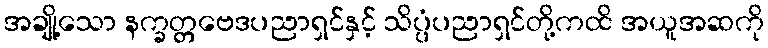
အချို့သော နက္ခတ္တဗေဒပညာရှင်နှင့် သိပ္ပံပညာရှင်တို့ကထိ အယူအဆကို